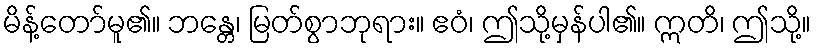
မိန့်တော်မူ၏။ ဘန္တေ၊ မြတ်စွာဘုရား။ ဧဝံ၊ ဤသို့မှန်ပါ၏။ ဣတိ၊ ဤသို့။